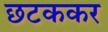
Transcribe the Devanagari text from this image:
छटककर